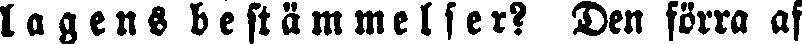
lagens bestämmelser? Den förra af